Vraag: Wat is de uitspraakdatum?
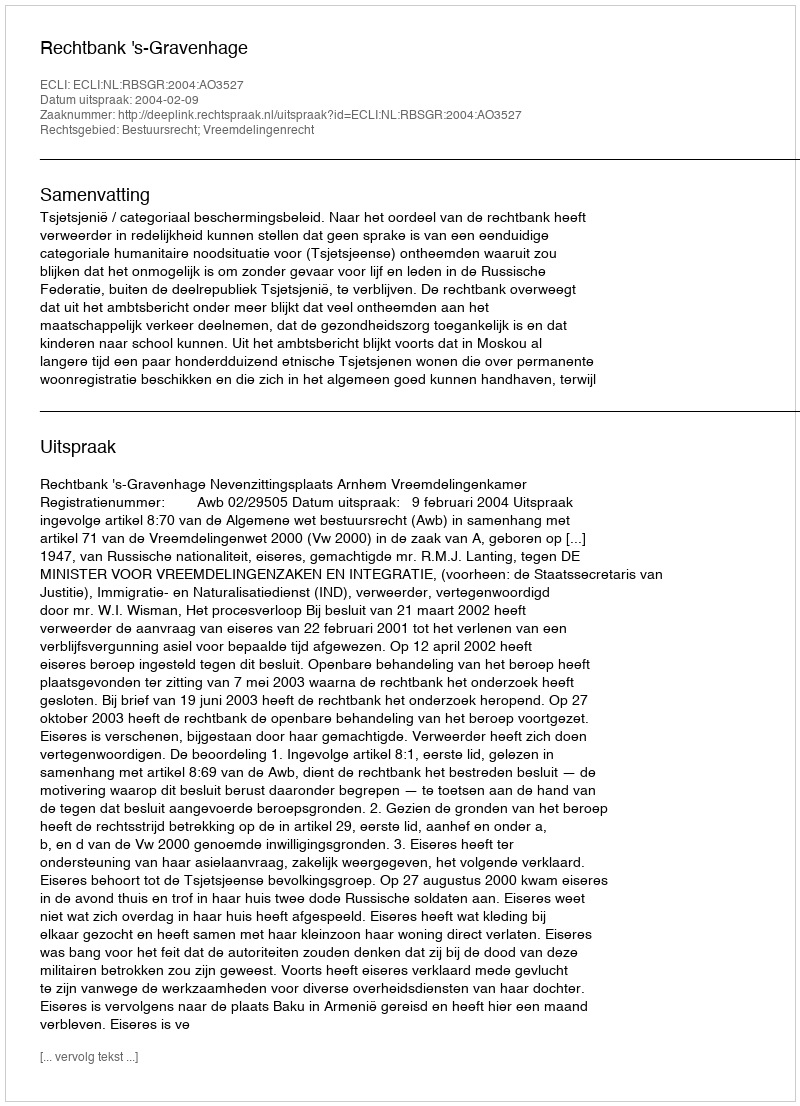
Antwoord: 2004-02-09